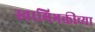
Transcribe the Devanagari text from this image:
स्वामिभक्तीच्या